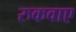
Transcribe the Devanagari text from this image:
रुकवाए